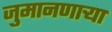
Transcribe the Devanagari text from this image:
जुमानणाऱ्या